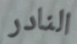
النادر